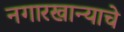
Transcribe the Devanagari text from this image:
नगारखान्याचे